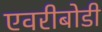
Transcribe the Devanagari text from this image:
एवरीबोडी